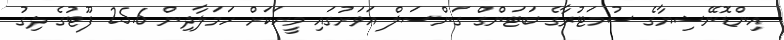
އިންޑޮނޭޝިޔާގެ ސުމަޓުރާގެ ބަޓަންގް ގަންސަލް އަވަށުގައި މީހަކަށް ހަމަލާދިން 25.6 ފޫޓުގެ ދިގު